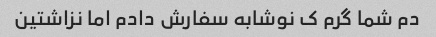
دم شما گرم ک نوشابه سفارش دادم اما نزاشتین